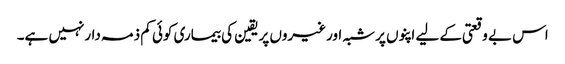
اس بے وقعتی کے لیے اپنوں پرشبہ اورغیروں پریقین کی بیماری کوئی کم ذمہ دارنہیں ہے۔